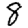
Digit: 8